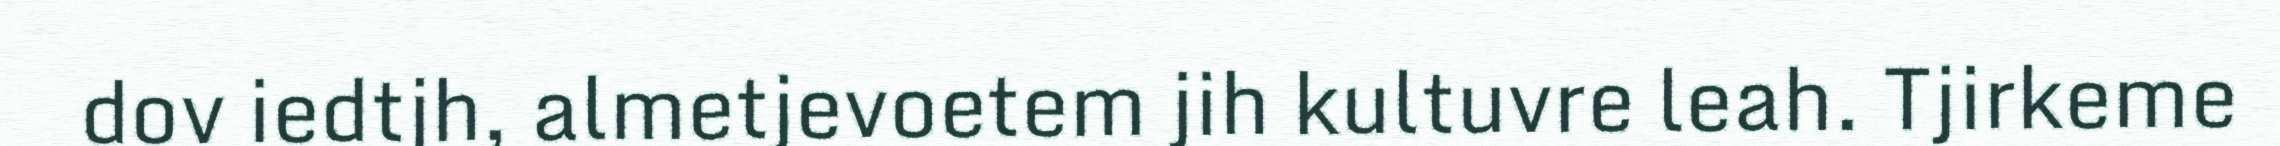
dov iedtjh, almetjevoetem jih kultuvre leah. Tjirkeme